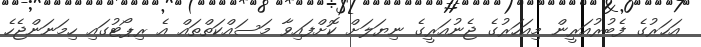
އަހަރުގެ ފެބުރުއަރީން މިއަހަރުގެ ޖެނުއަރީގެ ނިޔަލަށް ކޮށްފައިވާ މަސައްކަތްތައް އެ ރިޕޯޓުގައި ހިމަނަންޖެހެ